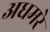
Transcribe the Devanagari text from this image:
अधमरे